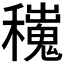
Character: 𥣼